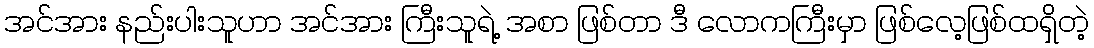
အင်အား နည်းပါးသူဟာ အင်အား ကြီးသူရဲ့ အစာ ဖြစ်တာ ဒီ လောကကြီးမှာ ဖြစ်လေ့ဖြစ်ထရှိတဲ့